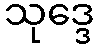
သုဒ္ဒေ